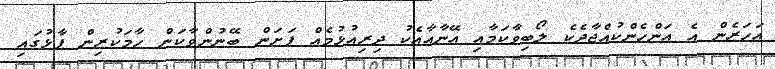
އަހަރެން އެ އަންހެންކުއްޖާދެކެ ލޯބިވާކަމާއި އޭނާއާއެކު ދިރިއުޅުމެއް ފަށަން ބޭނުންވާކަން ހާމަކުރިން ފާޅުގައި